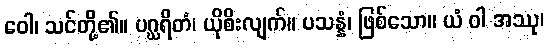
ဝေါ၊ သင်တို့၏။ ပဂ္ဃရိတံ၊ ယိုစိးလျက်။ ပသန္နံ၊ ဖြစ်သော။ ယံ ဝါ အဿု၊